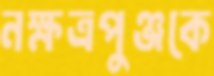
নক্ষত্রপুঞ্জকে